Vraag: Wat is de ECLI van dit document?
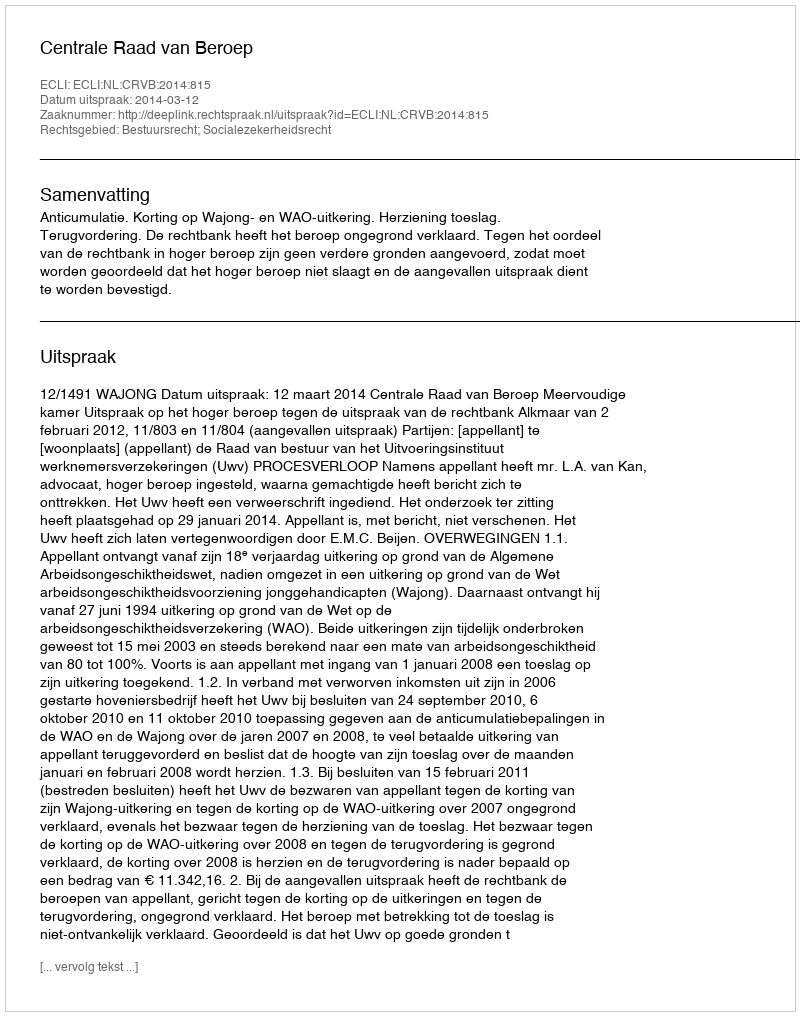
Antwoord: ECLI:NL:CRVB:2014:815